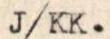
J/KK.